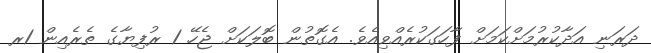
ދަރަނި އަދާކުރުމަށްކަމަށް ފާހަގަކުރެއްވިއެވެ. އެގޮތުން ބޮލަކަށް ޖެހޭ 1 ރުފިޔާގެ ތެރެއިން 1ރ